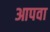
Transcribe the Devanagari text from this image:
आपवा